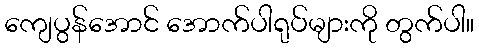
ကျေပွန်အောင် အောက်ပါရုပ်များကို တွက်ပါ။